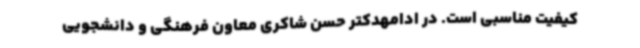
کیفیت مناسبی است. در ادامهدکتر حسن شاکری معاون فرهنگی و دانشجویی